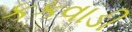
કકવાડી